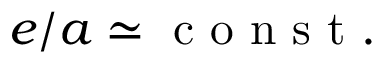
e / a \simeq \mathrm { ~ c ~ o ~ n ~ s ~ t ~ . ~ }